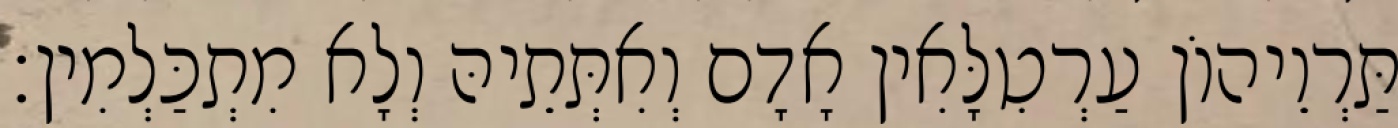
תַּרְוֵיהוֹן עַרְטִלָּאִין אָדָם וְאִתְּתֵיהּ וְלָא מִתְכַּלְמִין׃